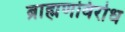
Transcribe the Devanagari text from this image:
ब्राह्मणविरोध